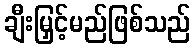
ချီးမြှင့်မည်ဖြစ်သည်